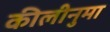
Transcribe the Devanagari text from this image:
कीलीनुमा